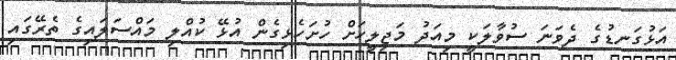
އަޅުގަނޑުގެ ދެވަނަ ސުވާލަކީ މިއަދު މަޖިލީހަށް ހުށަހެޅިގެން އުޅޭ ކުއްލި މައްސަލައިގެ ތެރޭގައި